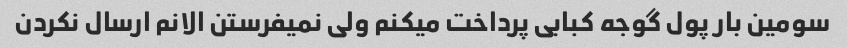
سومین بار پول گوجه کبابی پرداخت میکنم ولی نمیفرستن الانم ارسال نکردن